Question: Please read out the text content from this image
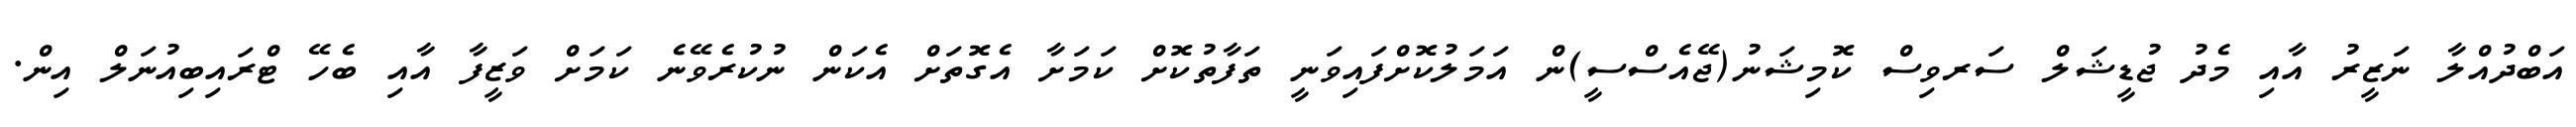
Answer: އަބްދުއްލާ ނަޒީރު އާއި މެދު ޖުޑީޝަލް ސަރވިސް ކޮމިޝަނު(ޖޭއެސްސީ)ން އަމަލުކޮށްފައިވަނީ ތަފާތުކޮށް ކަމަށާ އެގޮތަށް އެކަން ނުކުރެވޭނެ ކަމަށް ވަޒީފާ އާއި ބެހޭ ޓްރައިބިއުނަލް އިން.